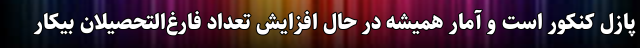
پازل کنکور است و آمار همیشه در حال افزایش تعداد فارغ‌التحصیلان بیکار